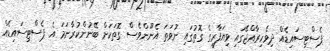
ޕެސްޓިސައިޑެއް ދިވެހިރާއްޖޭގައި ވިޔަފާރީގެ ގޮތުގައި ނުވަތަ އެނޫންވެސް ގޮތަކަށް ބޭނުންކުރާނަމަ އެ ޕެސްޓިސައިޑެއް